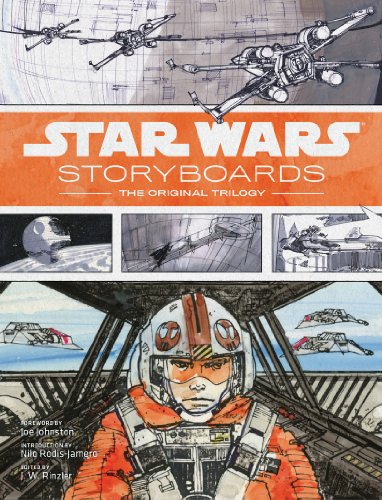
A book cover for Star Wars Storyboards: The Original Trilogy; Humor & Entertainment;